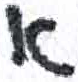
אות: א